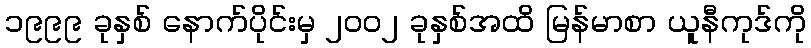
၁၉၉၉ ခုနှစ် နောက်ပိုင်းမှ ၂၀၀၂ ခုနှစ်အထိ မြန်မာစာ ယူနီကုဒ်ကို